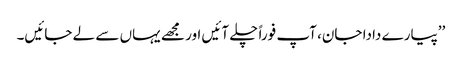
’’پیارے دادا جان، آپ فوراً چلے آئیں اور مجھے یہاں سے لے جائیں۔